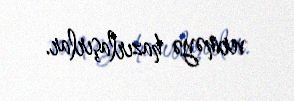
verməyə hazırlaşırlar.